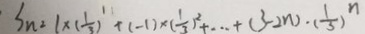
S _ { n ^ { 2 } } = 1 \times ( \frac { 1 } { 3 } ) ^ { 1 } + ( - 1 ) \times ( \frac { 1 } { 3 } ) ^ { 2 } + \cdots + ( 3 - 2 n ) \cdot ( \frac { 1 } { 3 } ) ^ { n }